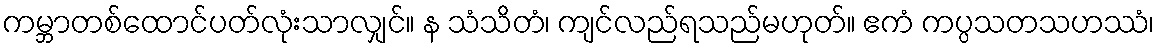
ကမ္ဘာတစ်ထောင်ပတ်လုံးသာလျှင်။ န သံသိတံ၊ ကျင်လည်ရသည်မဟုတ်။ ဧကံ ကပ္ပသတသဟဿံ၊